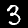
Digit: 3